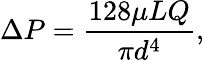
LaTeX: \Delta P={\frac{128\mu LQ}{\pi d^{4}}},